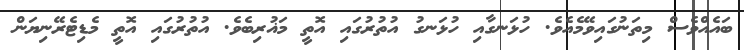
ބައެއްވެސް މިތަނުގައިވޭމެއެވެ. ހުޅަނގާއި ހުޅަނގު އުތުރުގައި އޮތީ މަޣުރިބެވެ. އުތުރުގައި އޮތީ މެޑިޓެރޭނިޔަން